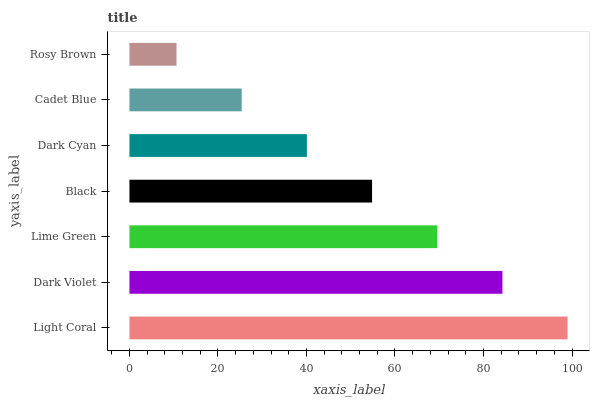
| yaxis_label | bars |
 | --- | --- |
 | Light Coral | 99 |
 | Dark Violet | 84.3 |
 | Lime Green | 69.5 |
 | Black | 54.8 |
 | Dark Cyan | 40.1 |
 | Cadet Blue | 25.4 |
 | Rosy Brown | 10.6 |